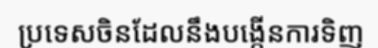
ប្រទេសចិនដែលនឹងបង្កើនការទិញ